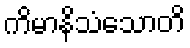
ကိမာနိသံသောတိ